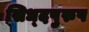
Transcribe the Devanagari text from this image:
सिध्दपुरुष